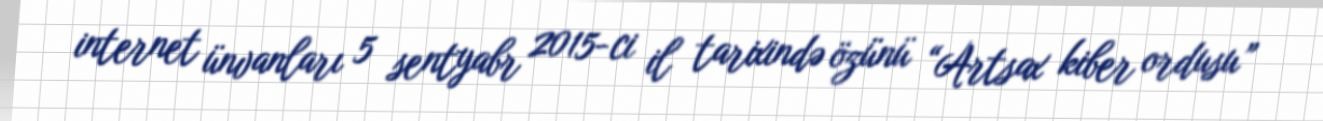
internet ünvanları 5 sentyabr 2015-ci il tarixində özünü “Artsax kiber ordusu”